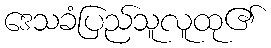
ဒေသခံပြည်သူလူထု၏